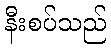
နီးစပ်သည်